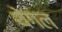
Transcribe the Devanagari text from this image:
थेंगल